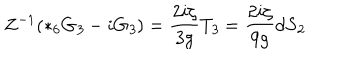
Z ^ { - 1 } ( { * _ { 6 } } G _ { \it 3 } - i G _ { \it 3 } ) = \frac { 2 i \zeta } { 3 g } T _ { \it 3 } = \frac { 2 i \zeta } { 9 g } d S _ { \it 2 }